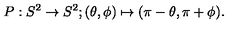
P : S ^ { 2 } \to S ^ { 2 } ; ( \theta , \phi ) \mapsto ( \pi - \theta , \pi + \phi ) .